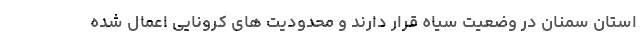
استان سمنان در وضعیت سیاه قرار دارند و محدودیت های کرونایی اعمال شده